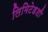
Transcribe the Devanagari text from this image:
लिमिटेडशी